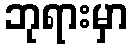
ဘုရားမှာ